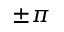
\pm \pi